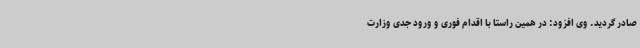
صادر گردید. وی افزود: در همین راستا با اقدام فوری و ورود جدی وزارت